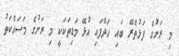
މި ރަށުގެ ފަޅުތެރޭ ބައި ހަދާފައި އުޅޭ މަޑިތަކަކީ މި ރަށުގެ މަސައްކަތު